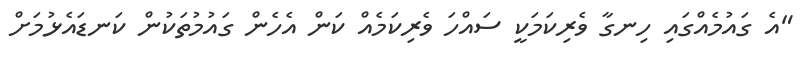
"އެ ގައުމެއްގައި ހިނގާ ވެރިކަމަކީ ސައްހަ ވެރިކަމެއް ކަން އެހެން ގައުމުތަކުން ކަނޑައެޅުމަށް